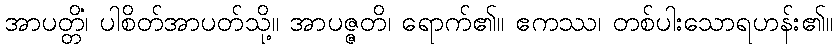
အာပတ္တိံ၊ ပါစိတ်အာပတ်သို့။ အာပဇ္ဇတိ၊ ရောက်၏။ ဧကဿ၊ တစ်ပါးသောရဟန်း၏။